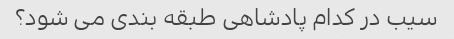
سیب در کدام پادشاهی طبقه بندی می شود؟